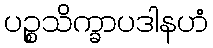
ပဉ္စသိက္ခာပဒါနဟံ